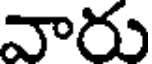
వారు